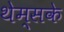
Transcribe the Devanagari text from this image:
थेम्सके